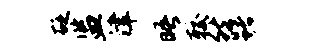
砭监津晤较然躇